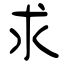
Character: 求